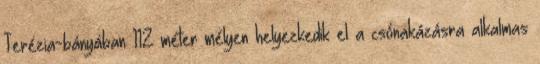
Terézia-bányában 112 méter mélyen helyezkedik el a csónakázásra alkalmas